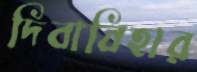
দিবাবিহার